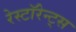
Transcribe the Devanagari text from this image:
रेस्टॉरेन्ट्स